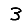
Digit: 3